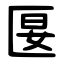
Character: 匽